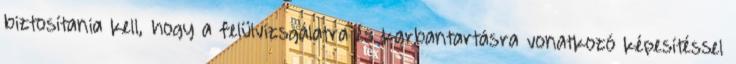
biztosítania kell, hogy a felülvizsgálatra és karbantartásra vonatkozó képesítéssel